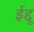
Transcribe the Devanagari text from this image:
ईद्दू